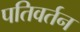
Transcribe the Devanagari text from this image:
पतिवर्तन